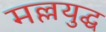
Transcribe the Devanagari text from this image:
मल्लयुद्घ